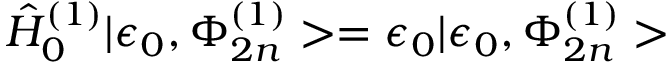
{ \hat { H } } _ { 0 } ^ { ( 1 ) } | \epsilon _ { 0 } , \Phi _ { 2 n } ^ { ( 1 ) } > = \epsilon _ { 0 } | \epsilon _ { 0 } , \Phi _ { 2 n } ^ { ( 1 ) } >